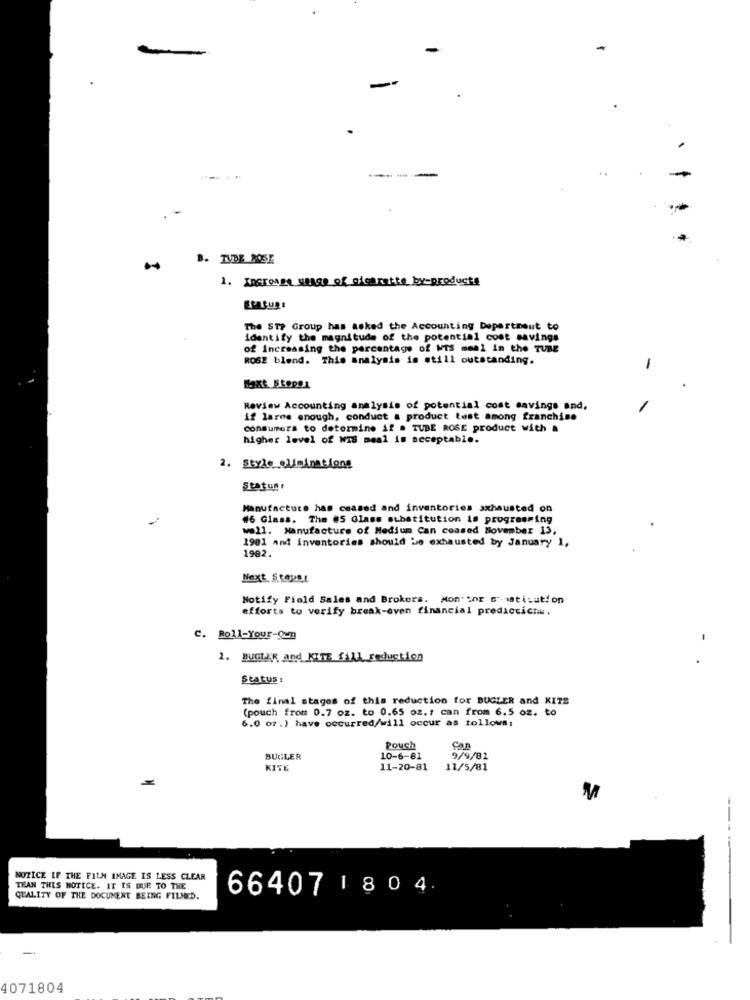
-
-----
.-
B. TVDE ROSE
1. Incromme stage of alcaratte by-products
ERASURE
The STP Group has asked the Accounting Department to
identify the magnitude of the potential cost savings
of increasing the percentage of MTS meal in the TUBE
ROSE blend. This analysis is still outstanding.
-
Review Accounting analysis of potential cost savings and.
if larme enough, conduct & product test among franchise
consumers to determine if . TUBE ROSE product with a
higher level of WIS meal is acceptable.
2. style eliminations
Status:
Manufacture has ceased and inventories axhausted on
#6 Glass. The #5 Glass substitution is progressing
well. Manufacture of Medium Can ceased November 13,
1981 and inventories should be exhausted by January 1,
1982.
Next StopBy
Notify Field Sales and Brokers. Monitor s'-matisation
efforts to verify break-even financial predictichu.
C. Roll-Your-Oum
-
1. BUGLER and KITE fill_reduction
Status :
The final stages of this reduction for BUGLER and KITE
(pouch from 0.7 oz. to 0.65 oz.# can from 6.5 oz. to
6.0 or .) have occurred/will occur as follows:
Pouch
Can
BUGLER
10-6-81
9/9/81
KITE
11-20-81
11/5/81
NOTICE IF THE FILN IMAGE IS LESS CLEAR
TEAN THIS NOTICE. IT IS DUE TO THE
66407 1804.
QUALITY OF THE DOCUMENT BEING FILMED.
4071804